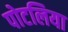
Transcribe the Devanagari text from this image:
पोटलिया